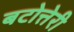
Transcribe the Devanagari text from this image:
बटोत्तेरी